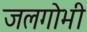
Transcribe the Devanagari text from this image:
जलगोभी